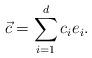
LaTeX: \begin{align*}\vec{c}=\sum_{i=1}^{d}c_ie_i.\end{align*}